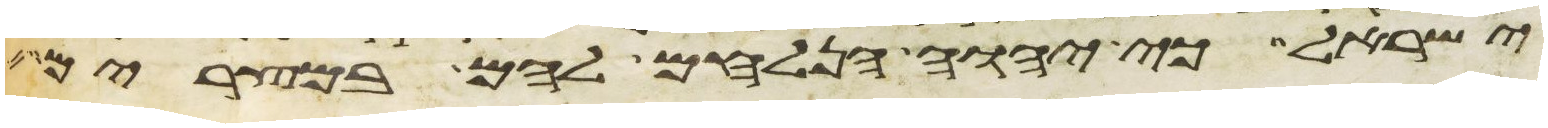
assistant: ישראל כי יהוה הנלחם להם במצרים